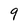
Character: 9